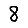
Digit: 8